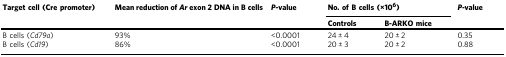
<table><thead><tr><td rowspan="2"><b>Target cell (Cre promoter)</b></td><td rowspan="2"><b>Mean reduction of <i>Ar</i> exon 2 DNA in B cells</b></td><td rowspan="2"><b><i>P</i>-value</b></td><td colspan="2"><b>No. of B cells (×10<sup>6</sup>)</b></td><td rowspan="2"><b><i>P-</i>value</b></td></tr><tr><td><b>Controls</b></td><td><b>B-ARKO mice</b></td></tr></thead><tbody><tr><td>B cells (<i>Cd79a</i>)</td><td>93%</td><td>&lt;0.0001</td><td>24 ± 4</td><td>20 ± 2</td><td>0.35</td></tr><tr><td>B cells (<i>Cd19</i>)</td><td>86%</td><td>&lt;0.0001</td><td>20 ± 3</td><td>20 ± 2</td><td>0.88</td></tr></tbody></table>